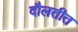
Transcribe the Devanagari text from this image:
दौलतीत